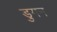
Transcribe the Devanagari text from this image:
डुगन